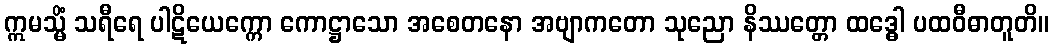
ဣမသ္မိံ သရီရေ ပါဋိယေက္ကော ကောဋ္ဌာသော အစေတနော အဗျာကတော သုညော နိဿတ္တော ထဒ္ဓေါ ပထဝီဓာတူတိ။